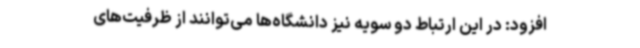
افزود: در این ارتباط دو سویه نیز دانشگاه‌ها می‌توانند از ظرفیت‌های